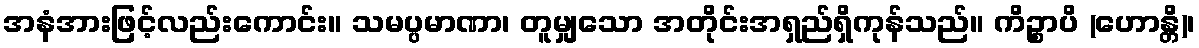
အနံအားဖြင့်လည်းကောင်း။ သမပ္ပမာဏာ၊ တူမျှသော အတိုင်းအရှည်ရှိကုန်သည်။ ကိဉ္စာပိ (ဟောန္တိ)၊